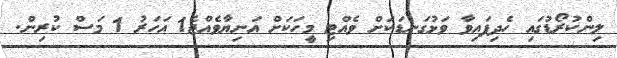
ލިންކުރޯޑުގައި ހެދިފައިވާ ވަޅުގަނޑަކަށް ވެއްޓި މީހަކަށް އަނިޔާވެއްޖެ1 އަހަރު 1 މަސް ކުރިން.